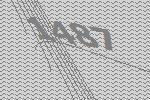
1487